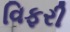
વિફરી